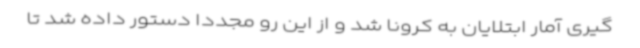
گیری آمار ابتلایان به کرونا شد و از این رو مجددا دستور داده شد تا